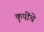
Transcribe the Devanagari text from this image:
कृषींचे